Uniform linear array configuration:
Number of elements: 4
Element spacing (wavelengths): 0.75
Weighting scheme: hann
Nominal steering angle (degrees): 45
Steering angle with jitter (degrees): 43.718
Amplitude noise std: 0.05
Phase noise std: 0.05

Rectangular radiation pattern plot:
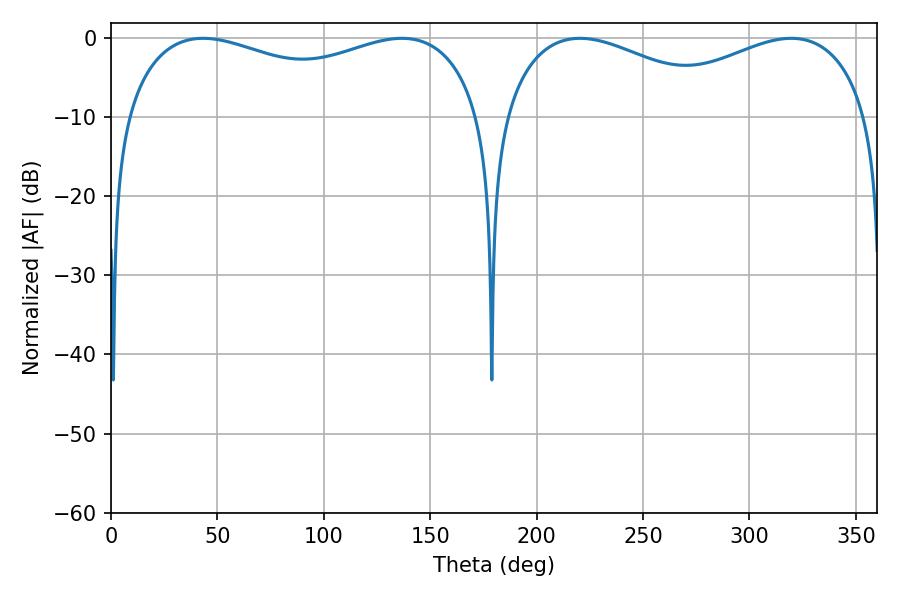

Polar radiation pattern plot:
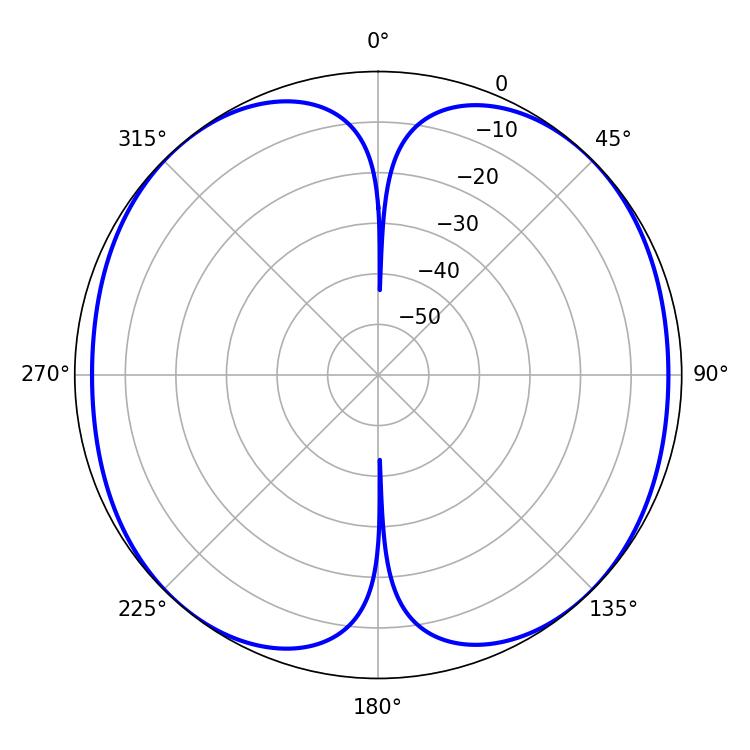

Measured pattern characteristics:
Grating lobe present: TRUE
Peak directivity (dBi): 14.002
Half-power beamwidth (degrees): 60.3
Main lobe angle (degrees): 220.32